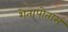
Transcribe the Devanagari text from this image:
शेतापोतास